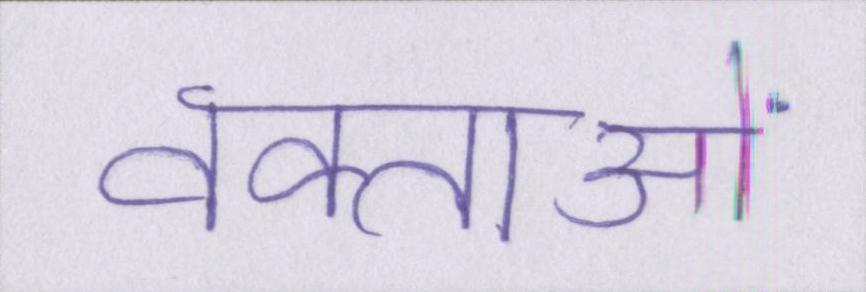
वक्ताओं